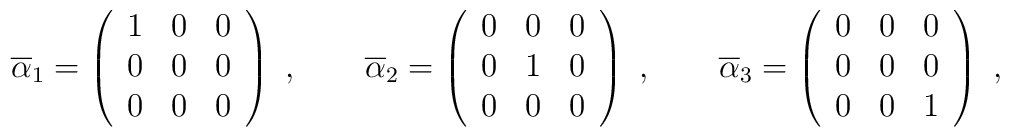
\overline{\alpha}_1 = \left (\begin{array}{ccc}1      &   0      &    0     \\0      &   0      &    0     \\0      &   0      &    0\end{array}\right )~,\quad \quad\overline{\alpha}_2 = \left (\begin{array}{ccc}0      &   0      &    0     \\0      &   1      &    0     \\0      &   0      &    0\end{array}\right )~,\quad \quad\overline{\alpha}_3 = \left (\begin{array}{ccc}0      &   0      &    0     \\0      &   0       &    0     \\0      &   0      &    1\end{array}\right )~,